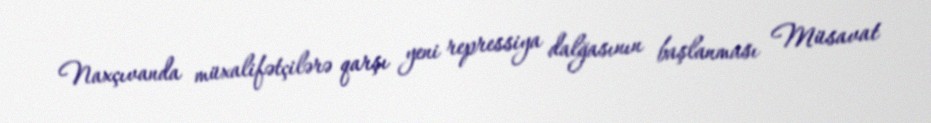
Naxçıvanda müxalifətçilərə qarşı yeni repressiya dalğasının başlanması Müsavat